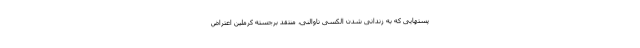
پستهایی که به زندانی شدن الکسی ناوالنی، منتقد برجسته کرملین اعتراض